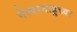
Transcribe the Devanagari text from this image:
नेत्यानाहूच्या